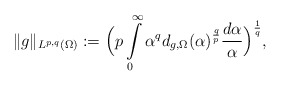
\begin{align*}\|g\|_{L^{p,q}(\Omega)}:= \Big(p\int\limits_{0}^{\infty}\alpha^{q}d_{g,\Omega}(\alpha)^{\frac{q}{p}}\frac{d\alpha}{\alpha}\Big)^{\frac{1}{q}},\end{align*}